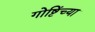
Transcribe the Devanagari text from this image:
गोष्टिंच्या